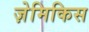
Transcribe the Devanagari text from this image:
ज़ेमिकिस